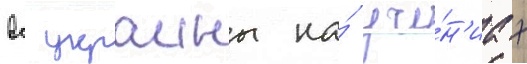
вс украины на́ уче́н'иах